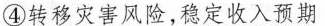
④转移灾害风险，稳定收入预期